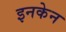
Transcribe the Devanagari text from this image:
इनकेन